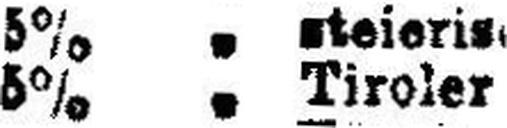
5% " Tiroler